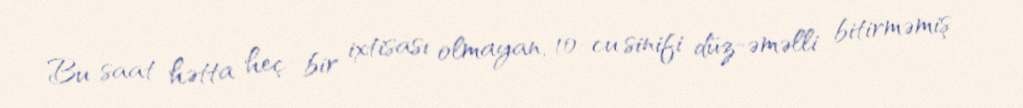
Bu saat hətta heç bir ixtisası olmayan, 10-cu sinifi düz-əməlli bitirməmiş